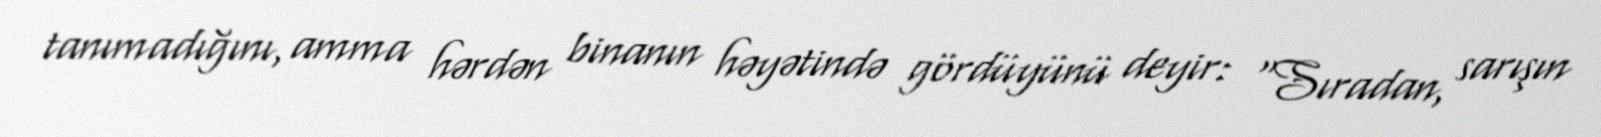
tanımadığını, amma hərdən binanın həyətində gördüyünü deyir: “Sıradan, sarışın